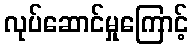
လုပ်ဆောင်မှုကြောင့်